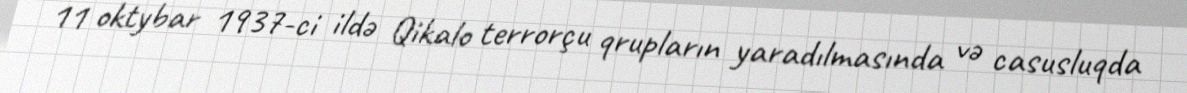
11 oktybar 1937-ci ildə Qikalo terrorçu qrupların yaradılmasında və casusluqda